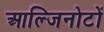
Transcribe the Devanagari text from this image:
आल्जिनोटों